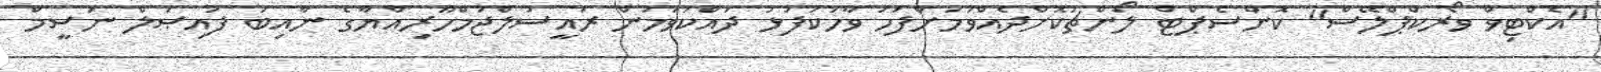
"އެކްޓިވް ވޯރކްޕްލޭސް" ކޮންސެޕްޓް ލޯންޗުކޮށްދެއްވުމަށްފަހު ވާހަކަފުޅު ދައްކަވަމުން ރައީސުލްޖުމްހޫރިއްޔާގެ ނާއިބު ފައިޞަލް ނަސީމް